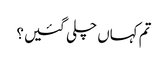
تم کہاں چلی گئیں؟